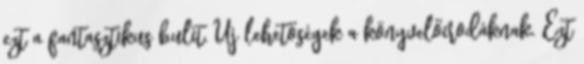
ezt a fantasztikus bulit. Új lehetőségek a könyvelőirodáknak. Ezt